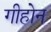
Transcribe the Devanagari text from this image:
गीहोन